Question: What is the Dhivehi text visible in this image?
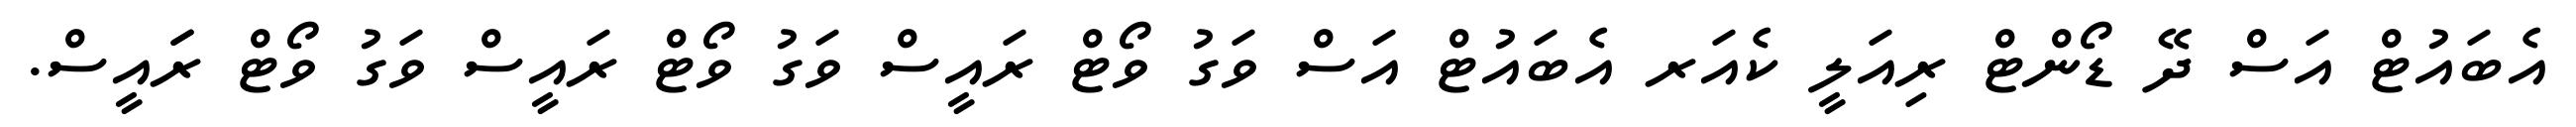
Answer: އެބައުޓް އަސް ދޭ ޑޯންޓް ރިއަލީ ކެއަރ އެބައުޓް އަސް ވަގު ވޯޓް ރައީސް ވަގު ވޯޓް ރައީސް ވަގު ވޯޓް ރަައީސް.